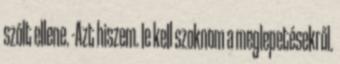
szólt ellene. -Azt hiszem. le kell szoknom a meglepetésekről.